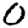
Digit: 0